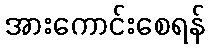
အားကောင်းစေရန်